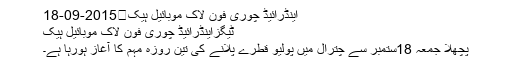
اینڈرائیڈ چوری فون لاک موبائیل ہیک	2015-09-18
ٹیگزاینڈرائیڈ چوری فون لاک موبائیل ہیک
پچھلا جمعہ 18ستمبر سے چترال میں پولیو قطرے پلانے کی تین روزہ مہم کا آغاز ہورہا ہے۔